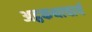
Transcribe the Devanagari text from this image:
अट्ठकथाचार्य